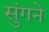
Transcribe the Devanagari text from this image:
सुंगने